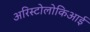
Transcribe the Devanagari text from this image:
अरिस्टोलोकिआई